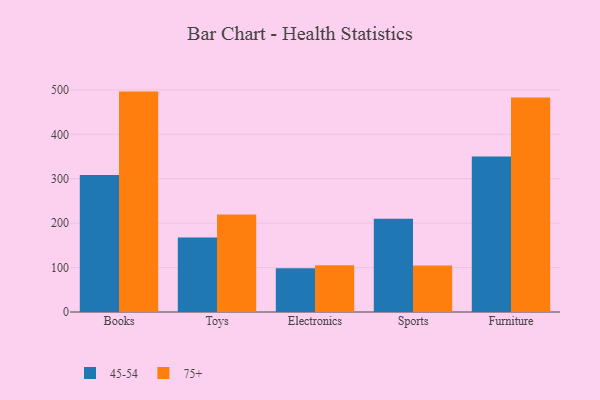
{"axis": {"x": "Category", "y": "Gross Profit (USD K)"}, "legend": ["45-54", "75+"], "data": [{"x": "Books", "y": 308.2, "type": "45-54"}, {"x": "Books", "y": 496.2, "type": "75+"}, {"x": "Toys", "y": 167.6, "type": "45-54"}, {"x": "Toys", "y": 219.7, "type": "75+"}, {"x": "Electronics", "y": 98.6, "type": "45-54"}, {"x": "Electronics", "y": 105.5, "type": "75+"}, {"x": "Sports", "y": 209.7, "type": "45-54"}, {"x": "Sports", "y": 104.6, "type": "75+"}, {"x": "Furniture", "y": 349.9, "type": "45-54"}, {"x": "Furniture", "y": 482.9, "type": "75+"}]}